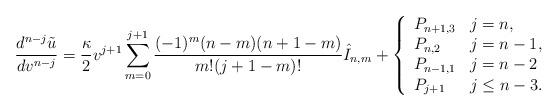
LaTeX: \begin{align*} \frac{d^{n-j}\tilde{u}}{dv^{n-j}}=\frac{\kappa}{2}v^{j+1}\sum_{m=0}^{j+1}\frac{(-1)^m(n-m)(n+1-m)}{m!(j+1-m)!}\hat{I}_{n,m}+\left\{ \begin{array}{ll} P_{n+1,3} & j=n,\\ P_{n,2} & j=n-1,\\ P_{n-1,1} & j=n-2\\ P_{j+1} & j\leq n-3. \end{array}\right.\end{align*}